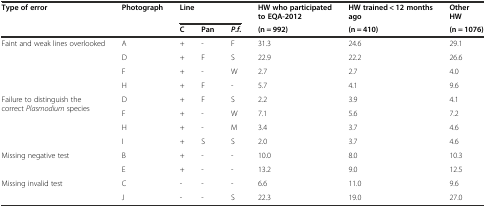
<table><thead><tr><td rowspan="2"><b>Type of error</b></td><td rowspan="2"><b>Photograph</b></td><td colspan="3"><b>Line</b></td><td><b>HW who participated to EQA-2012</b></td><td><b>HW trained &lt; 12 months ago</b></td><td><b>Other HW</b></td></tr><tr><td><b>C</b></td><td><b>Pan</b></td><td><b><i>P.f.</i></b></td><td><b>(n = 992)</b></td><td><b>(n = 410)</b></td><td><b>(n = 1076)</b></td></tr></thead><tbody><tr><td rowspan="4">Faint and weak lines overlooked</td><td>A</td><td>+</td><td>-</td><td>F</td><td>31.3</td><td>24.6</td><td>29.1</td></tr><tr><td>D</td><td>+</td><td>F</td><td>S</td><td>22.9</td><td>22.2</td><td>26.6</td></tr><tr><td>F</td><td>+</td><td>-</td><td>W</td><td>2.7</td><td>2.7</td><td>4.0</td></tr><tr><td>H</td><td>+</td><td>F</td><td>-</td><td>5.7</td><td>4.1</td><td>9.6</td></tr><tr><td rowspan="4">Failure to distinguish the correct <i>Plasmodium</i> species</td><td>D</td><td>+</td><td>F</td><td>S</td><td>2.2</td><td>3.9</td><td>4.1</td></tr><tr><td>F</td><td>+</td><td>-</td><td>W</td><td>7.1</td><td>5.6</td><td>7.2</td></tr><tr><td>H</td><td>+</td><td>-</td><td>M</td><td>3.4</td><td>3.7</td><td>4.6</td></tr><tr><td>I</td><td>+</td><td>S</td><td>S</td><td>2.0</td><td>3.7</td><td>4.6</td></tr><tr><td rowspan="2">Missing negative test</td><td>B</td><td>+</td><td>-</td><td>-</td><td>10.0</td><td>8.0</td><td>10.3</td></tr><tr><td>E</td><td>+</td><td>-</td><td>-</td><td>13.2</td><td>9.0</td><td>12.5</td></tr><tr><td rowspan="2">Missing invalid test</td><td>C</td><td>-</td><td>-</td><td>-</td><td>6.6</td><td>11.0</td><td>9.6</td></tr><tr><td>J</td><td>-</td><td>-</td><td>S</td><td>22.3</td><td>19.0</td><td>27.0</td></tr></tbody></table>